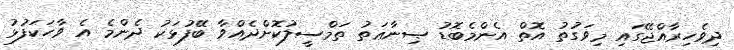
ދިވެހިރާއްޖޭގައި މިވަގުތު އޮތް އެންމެބޮޑު ޞިނާޢަތު ތަމްސީލުކޮށްދެއްވާ ބޭފުޅަކު ދެންމެ އެ ވާހަކަފުޅު